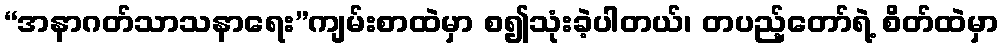
“အနာဂတ်သာသနာရေး”ကျမ်းစာထဲမှာ စ၍သုံးခဲ့ပါတယ်၊ တပည့်တော်ရဲ့ စိတ်ထဲမှာ